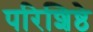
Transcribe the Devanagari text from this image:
परिशिष्ठे